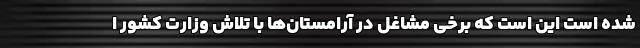
شده است این است که برخی مشاغل در آرامستان‌ها با تلاش وزارت کشور ا